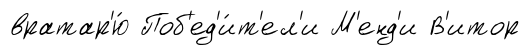
вратар'ю́ Поб'ед'и́т'ел'и М'енд'и В'итор